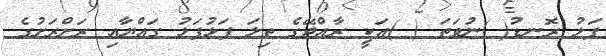
ފަޅު ރޮނޑު( )ނުވަތަ ( )އަކީ ރާއްޖޭގެ ތިލަ ފަޅުފަޅު ގައްޔާއި ރަށްރަށުގެ